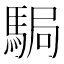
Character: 駶